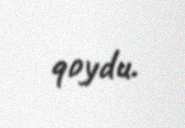
qoydu.